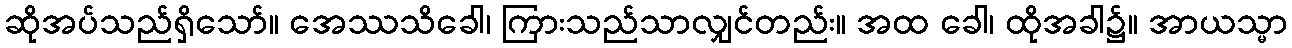
ဆိုအပ်သည်ရှိသော်။ အေဿသိခေါ၊ ကြားသည်သာလျှင်တည်း။ အထ ခေါ၊ ထိုအခါ၌။ အာယသ္မာ